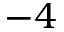
- 4